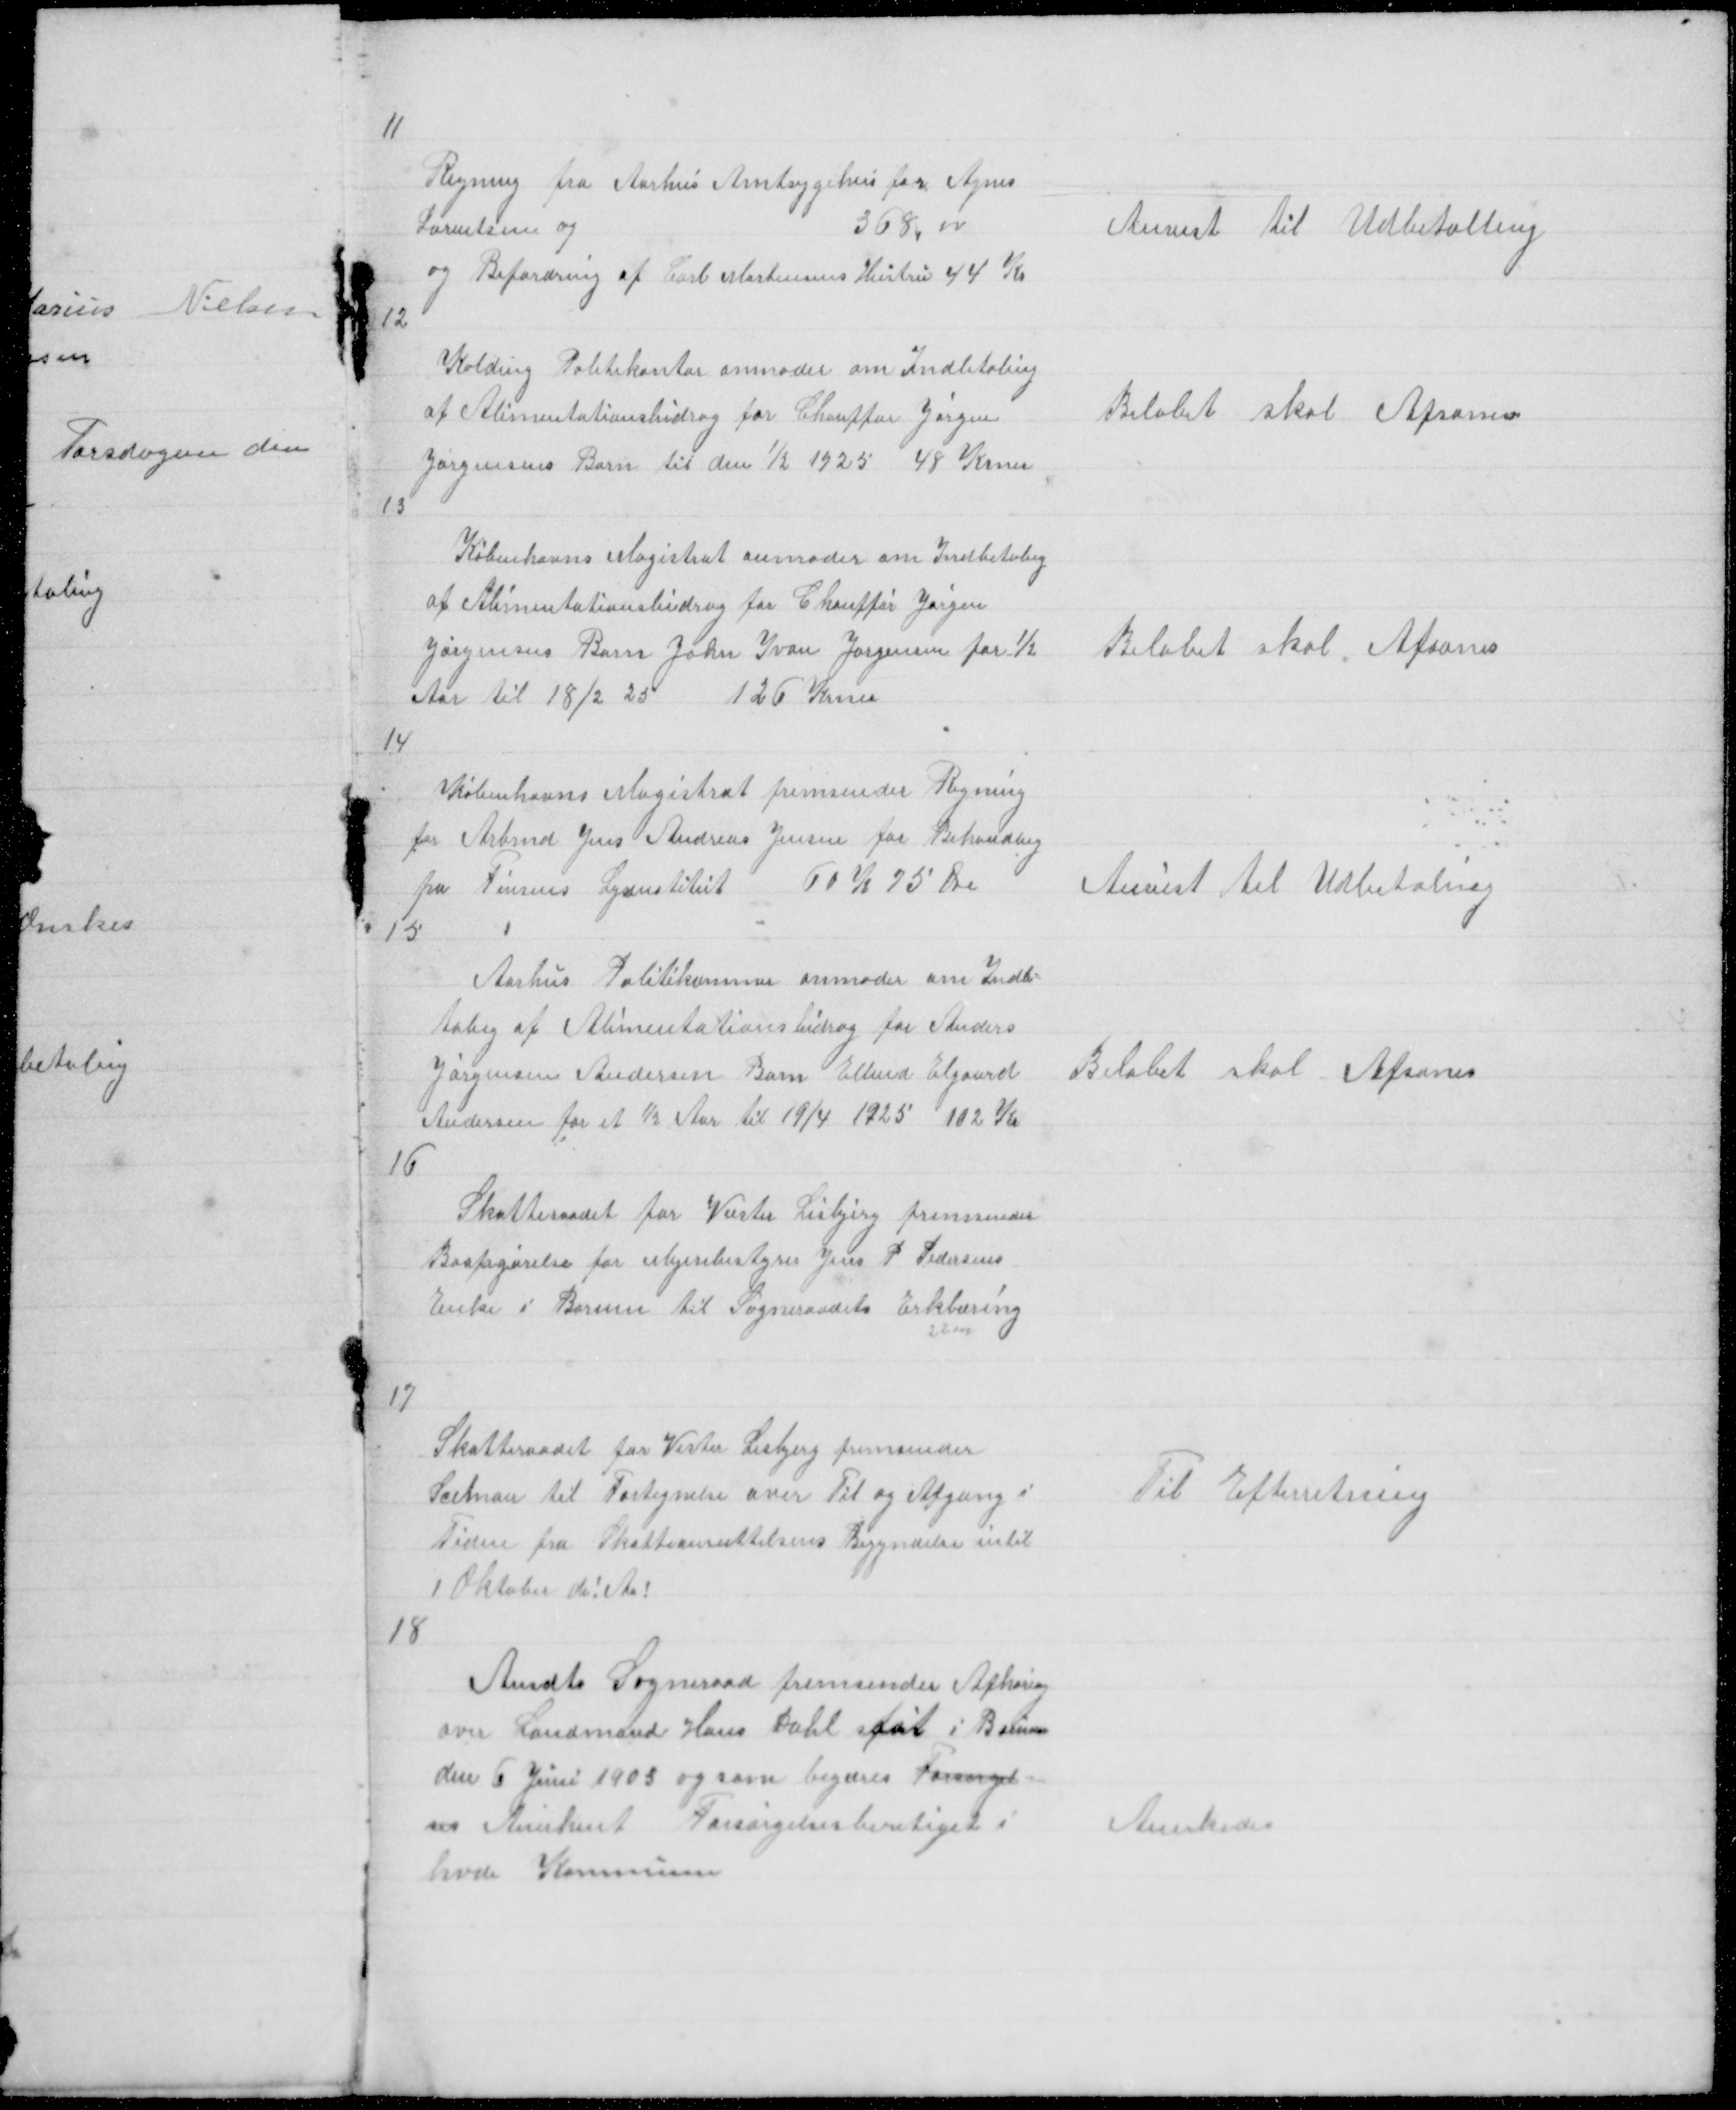
Transskription:
11

Regning fra Aarhus Amtsygehus for Agnes
Lorentsen og
368,00
og Befordring af Carl Mortensens Hustru 44 Kr

Anvist til Udbetalling

12

Kolding Politikontor anmoder om Indbetaling
af Alimentationsbidrag for Chauffør Jørgen
Jørgensens Barn til den 1/2 1925 48 Krner

Beløbet skal Afsones

13
Københavns Magistrat anmoder om Indbetaling
af Alimentationsbidrag for Chauffør Jørgen
Jørgensns Barn John Ivan Jørgensen for ½
Aar til 18/2 25
126 Krner

Beløbet skal Afsones

14
Københavns Magistrat fremsender Regning
for Arbmd Jens Andreas Jensen for Behandling
fra Finsens Lysinstitut
60 Kr 75 Øre

Anvist til Udbetaling

15
Aarhus Politikammer anmoder om Indbe=
talng af Alimentationsbidrag for Anders
Jørgensen Andersen Barn Ellend Elgaard
Andersen for et ½ Aar til 19/4 1925 102 Kr

Beløbet skal Afsones

16
Skatteraadet for Vester Lisbjerg fremsender
Boafgørelse for Mejeribestyrer Jens P Pedersens
Enke i Borum til Sogneraadet Erklæring
22000

17

Skatteraadet for Vester Lisbjerg fremsender
Scemaer til Fortegnelse over Til og Afgang i
Tiden fra Skatteansættelsens Begyndelse intil
1 Oktober d; Aa;

Til Efterretning

18

Ansdts Sogneraad fremsender Afhørig 
over Landmand Hans Dahl føt i Borum
den 6 Juni 1903 og som begæres Forsørgel-
ses Anerkent Forsørgelsesberetiget i
hvde Kommune

Anerkedes